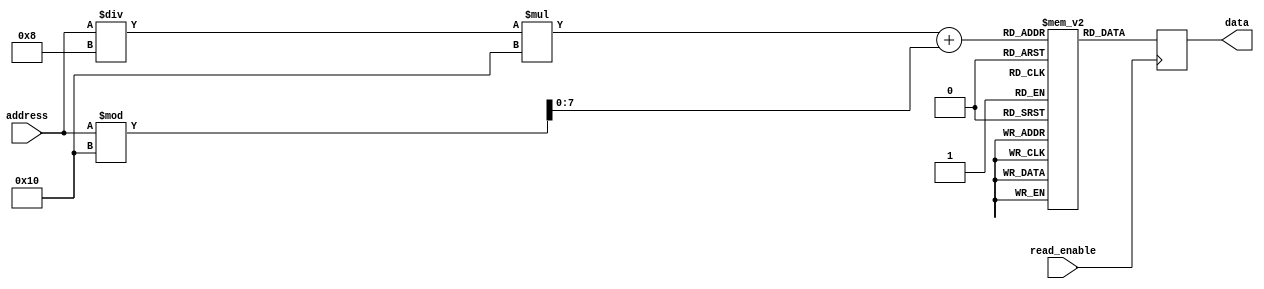
module flash_ROM(
    input [7:0] address,
    input read_enable,
    output reg [7:0] data
);

parameter BLOCK_SIZE = 8;
parameter ROWS = 16;
parameter COLS = 16;

reg [7:0] memory [0:ROWS-1][0:COLS-1];

always @(posedge read_enable) begin
    data <= memory[address / BLOCK_SIZE][address % COLS];
end

endmodule